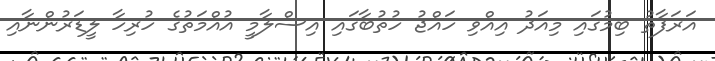
އަރަފާތު ބިމުގައި މިއަދު އިއްވި ހައްޖު ހުތުބާގައި އިސްލާމީ އުއްމަތުގެ ހުރިހާ ލީޑަރުންނާއި